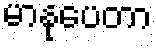
မာနုပေတာ